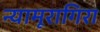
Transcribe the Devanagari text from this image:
न्यामूरागिरा